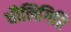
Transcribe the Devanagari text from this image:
धौलिगिरि